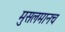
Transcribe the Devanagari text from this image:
मुसलमानच